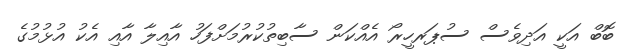
ބޮބް އަކީ އަދިވެސް ސުޕަރހީރޯ އެއްކަން ސާބިތުކުރުމަށްފަހު އާއިލާ އާއި އެކު އުޅުމުގެ